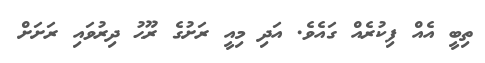
ތިބީ އެއް ފިކުރެއް ގައެވެ. އަދި މިއީ ރަށުގެ ރޫޙު ދިރުވައި ރަށަށް